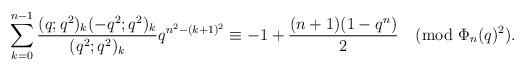
LaTeX: \begin{align*}\sum_{k=0}^{n-1}\frac{(q;q^2)_k(-q^2;q^2)_k}{(q^2;q^2)_k}q^{n^2-(k+1)^2}\equiv -1+\frac{(n+1)(1-q^n)}{2}\pmod{\Phi_n(q)^2}.\end{align*}